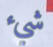
شيء